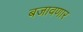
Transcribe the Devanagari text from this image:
बजावणार